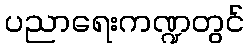
ပညာရေးကဏ္ဍတွင်